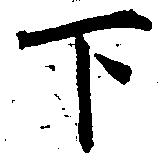
下